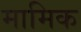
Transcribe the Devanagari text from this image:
मामिक